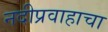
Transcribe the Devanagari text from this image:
नदीप्रवाहाचा